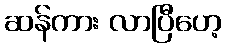
ဆန်ကား လာပြီဟေ့